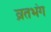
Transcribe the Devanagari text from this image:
व्रतभंग